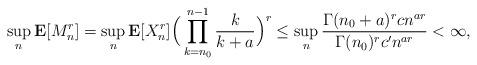
LaTeX: \begin{align*} \sup_{n}\mathbf{E}[M_n^r] = \sup_{n}\mathbf{E}[X_n^r]\Big(\prod\limits_{k=n_0}^{n-1}\frac{k}{k+a}\Big)^r \leq \sup_{n}\frac{\Gamma(n_0+a)^rcn^{ar}}{\Gamma(n_0)^rc'n^{ar}} <\infty, \end{align*}